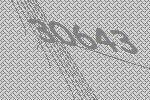
30643